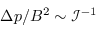
\Delta p / B ^ { 2 } \sim \mathcal { I } ^ { - 1 }